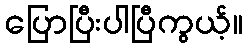
ပြောပြီးပါပြီကွယ့်။